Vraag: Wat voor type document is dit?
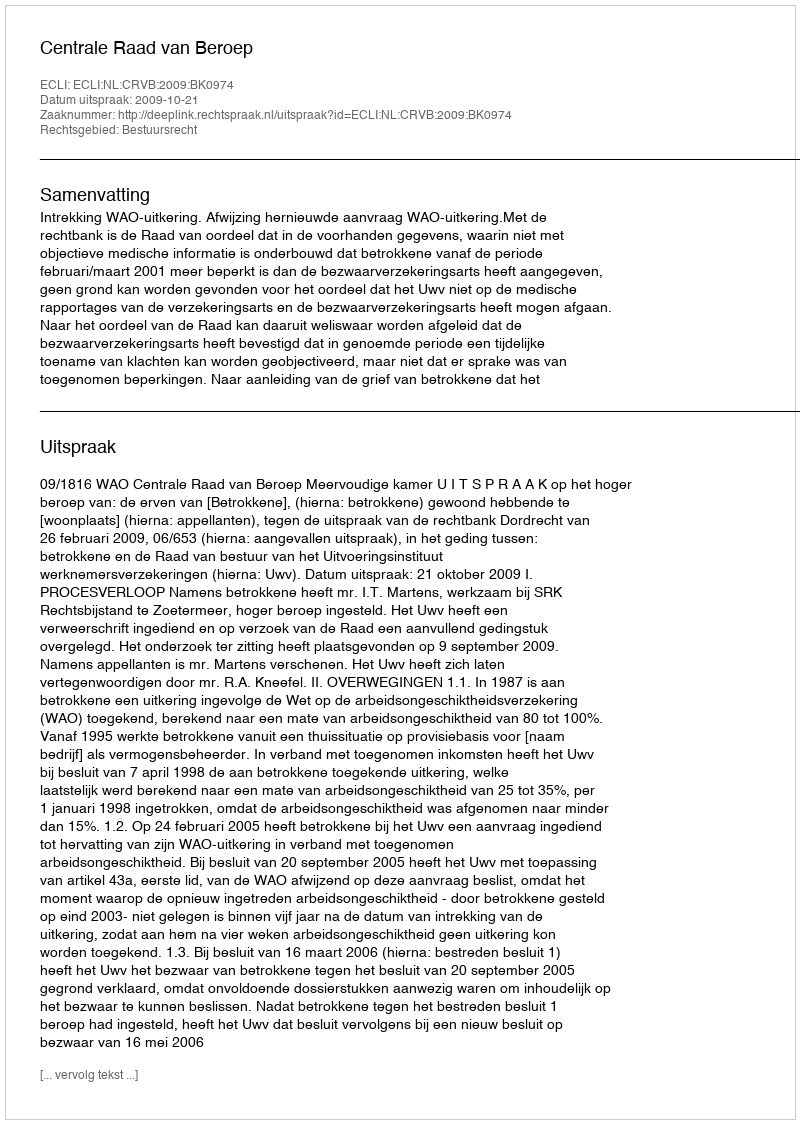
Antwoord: Uitspraak